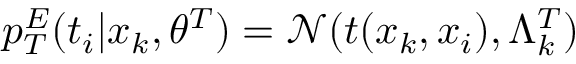
p _ { T } ^ { E } ( t _ { i } | x _ { k } , \theta ^ { T } ) = \mathcal N ( t ( x _ { k } , x _ { i } ) , \Lambda _ { k } ^ { T } )